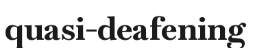
quasi-deafening